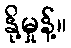
နို့မှုန့်။